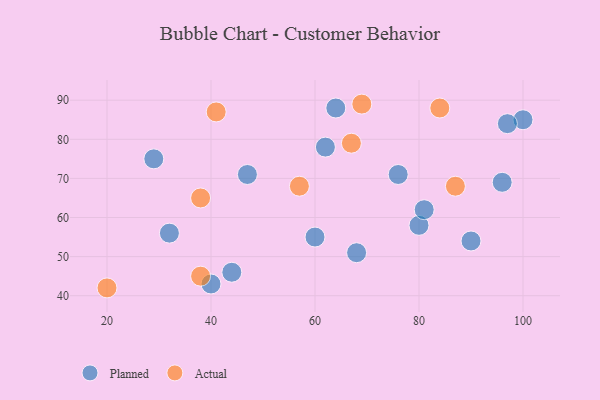
{"axis": {"x": "GDP", "y": "Life Expectancy"}, "legend": ["Actual", "Planned"], "data": [{"x": "80", "y": 58, "type": "Planned"}, {"x": "44", "y": 46, "type": "Planned"}, {"x": "62", "y": 78, "type": "Planned"}, {"x": "81", "y": 62, "type": "Planned"}, {"x": "64", "y": 88, "type": "Planned"}, {"x": "47", "y": 71, "type": "Planned"}, {"x": "32", "y": 56, "type": "Planned"}, {"x": "100", "y": 85, "type": "Planned"}, {"x": "68", "y": 51, "type": "Planned"}, {"x": "96", "y": 69, "type": "Planned"}, {"x": "60", "y": 55, "type": "Planned"}, {"x": "76", "y": 71, "type": "Planned"}, {"x": "29", "y": 75, "type": "Planned"}, {"x": "90", "y": 54, "type": "Planned"}, {"x": "97", "y": 84, "type": "Planned"}, {"x": "40", "y": 43, "type": "Planned"}, {"x": "57", "y": 68, "type": "Actual"}, {"x": "87", "y": 68, "type": "Actual"}, {"x": "20", "y": 42, "type": "Actual"}, {"x": "38", "y": 65, "type": "Actual"}, {"x": "69", "y": 89, "type": "Actual"}, {"x": "38", "y": 45, "type": "Actual"}, {"x": "67", "y": 79, "type": "Actual"}, {"x": "84", "y": 88, "type": "Actual"}, {"x": "41", "y": 87, "type": "Actual"}]}